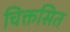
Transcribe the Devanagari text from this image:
चिक्तसित